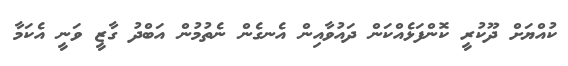
ކުއްޔަށް ދޫކުރީ ކޮންފަޅެއްކަން ދައުވާއިން އެނގެން ނެތުމުން އަބްދު ގާޒީ ވަނީ އެކަމާ